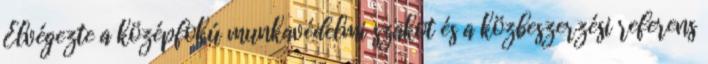
Elvégezte a középfokú munkavédelmi szakot és a közbeszerzési referens